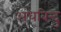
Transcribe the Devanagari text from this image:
अंधबिन्दु